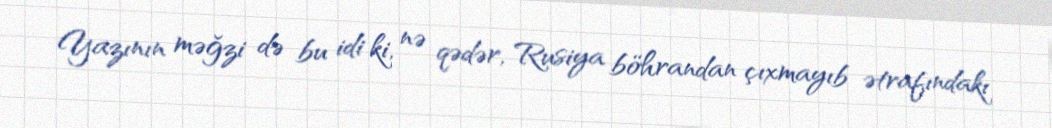
Yazının məğzi də bu idi ki, nə qədər, Rusiya böhrandan çıxmayıb ətrafındakı